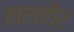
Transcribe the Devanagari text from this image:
तालचीर